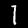
Label: 1